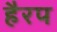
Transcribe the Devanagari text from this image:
हैरप